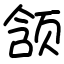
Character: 颔